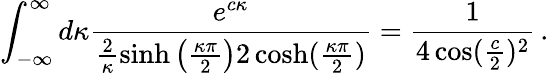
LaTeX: \int_{-\infty}^{\infty}d\kappa\frac{e^{c\kappa}}{\frac{2}{\kappa}\sinh\left(\frac{\kappa\pi}{2}\right)2\cosh(\frac{\kappa\pi}2)}=\frac{1}{4\cos({\frac{c}{2}})^{2}}\, .